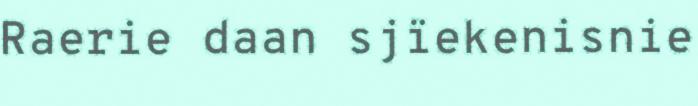
Raerie daan sjïekenisnie